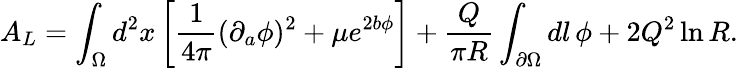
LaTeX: A_{L}=\int_{\Omega}d^{2}x\left[{\frac{1}{4\pi}}(\partial_{a}\phi)^{2}+\mu e^{2b\phi}\right]+{\frac{Q}{\pi R}}\int_{\partial\Omega}dl\, \phi+2Q^{2}\ln{R}.